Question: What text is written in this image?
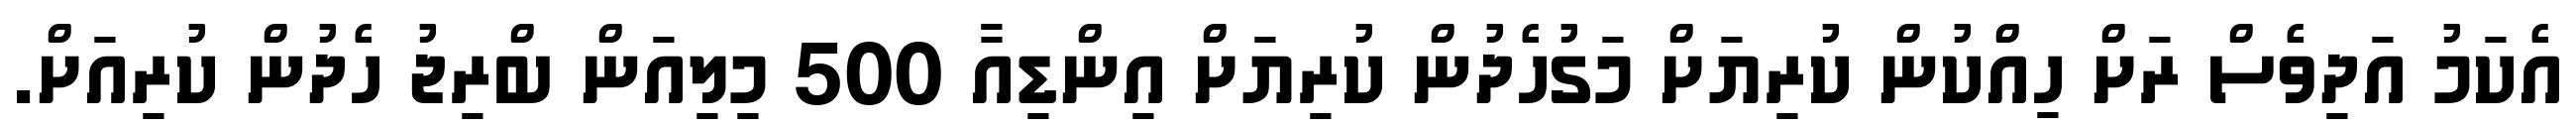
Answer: އެކަމު އަދިވެސް ރަށް ހިއްކުން ކުރިޔަށް މަގުހެދުން ކުރިޔަށް އިންޑިއާ 500 މިލިއަން ބްރިޖު ހެދުން ކުރިއަށް.